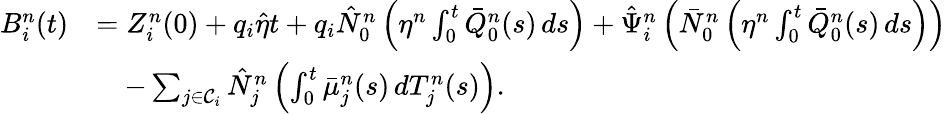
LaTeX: \begin{array}{rl}{B_{i}^{n}(t)}&{=Z_{i}^{n}(0)+q_{i}\hat{\eta}t+q_{i}\hat{N}_{0}^{n}\left(\eta^{n}\int_{0}^{t}\bar{Q}_{0}^{n}(s)\, ds\right)+\hat{\Psi}_{i}^{n}\left(\bar{N}_{0}^{n}\left(\eta^{n}\int_{0}^{t}\bar{Q}_{0}^{n}(s)\, ds\right)\right)}\\ &{\quad-\sum_{j\in\mathcal{C}_{i}}\hat{N}_{j}^{n}\left(\int_{0}^{t}\bar{\mu}_{j}^{n}(s)\, dT_{j}^{n}(s)\right).}\end{array}